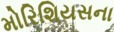
મોરિશિયસના